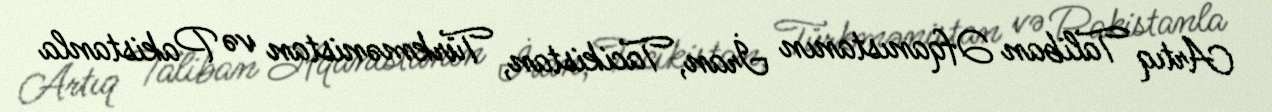
Artıq Taliban Əfqanıstanın İran, Tacikistan, Türkmənistan və Pakistanla